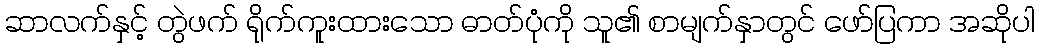
ဆာလက်နှင့် တွဲဖက် ရိုက်ကူးထားသော ဓာတ်ပုံကို သူ၏ စာမျက်နှာတွင် ဖော်ပြကာ အဆိုပါ